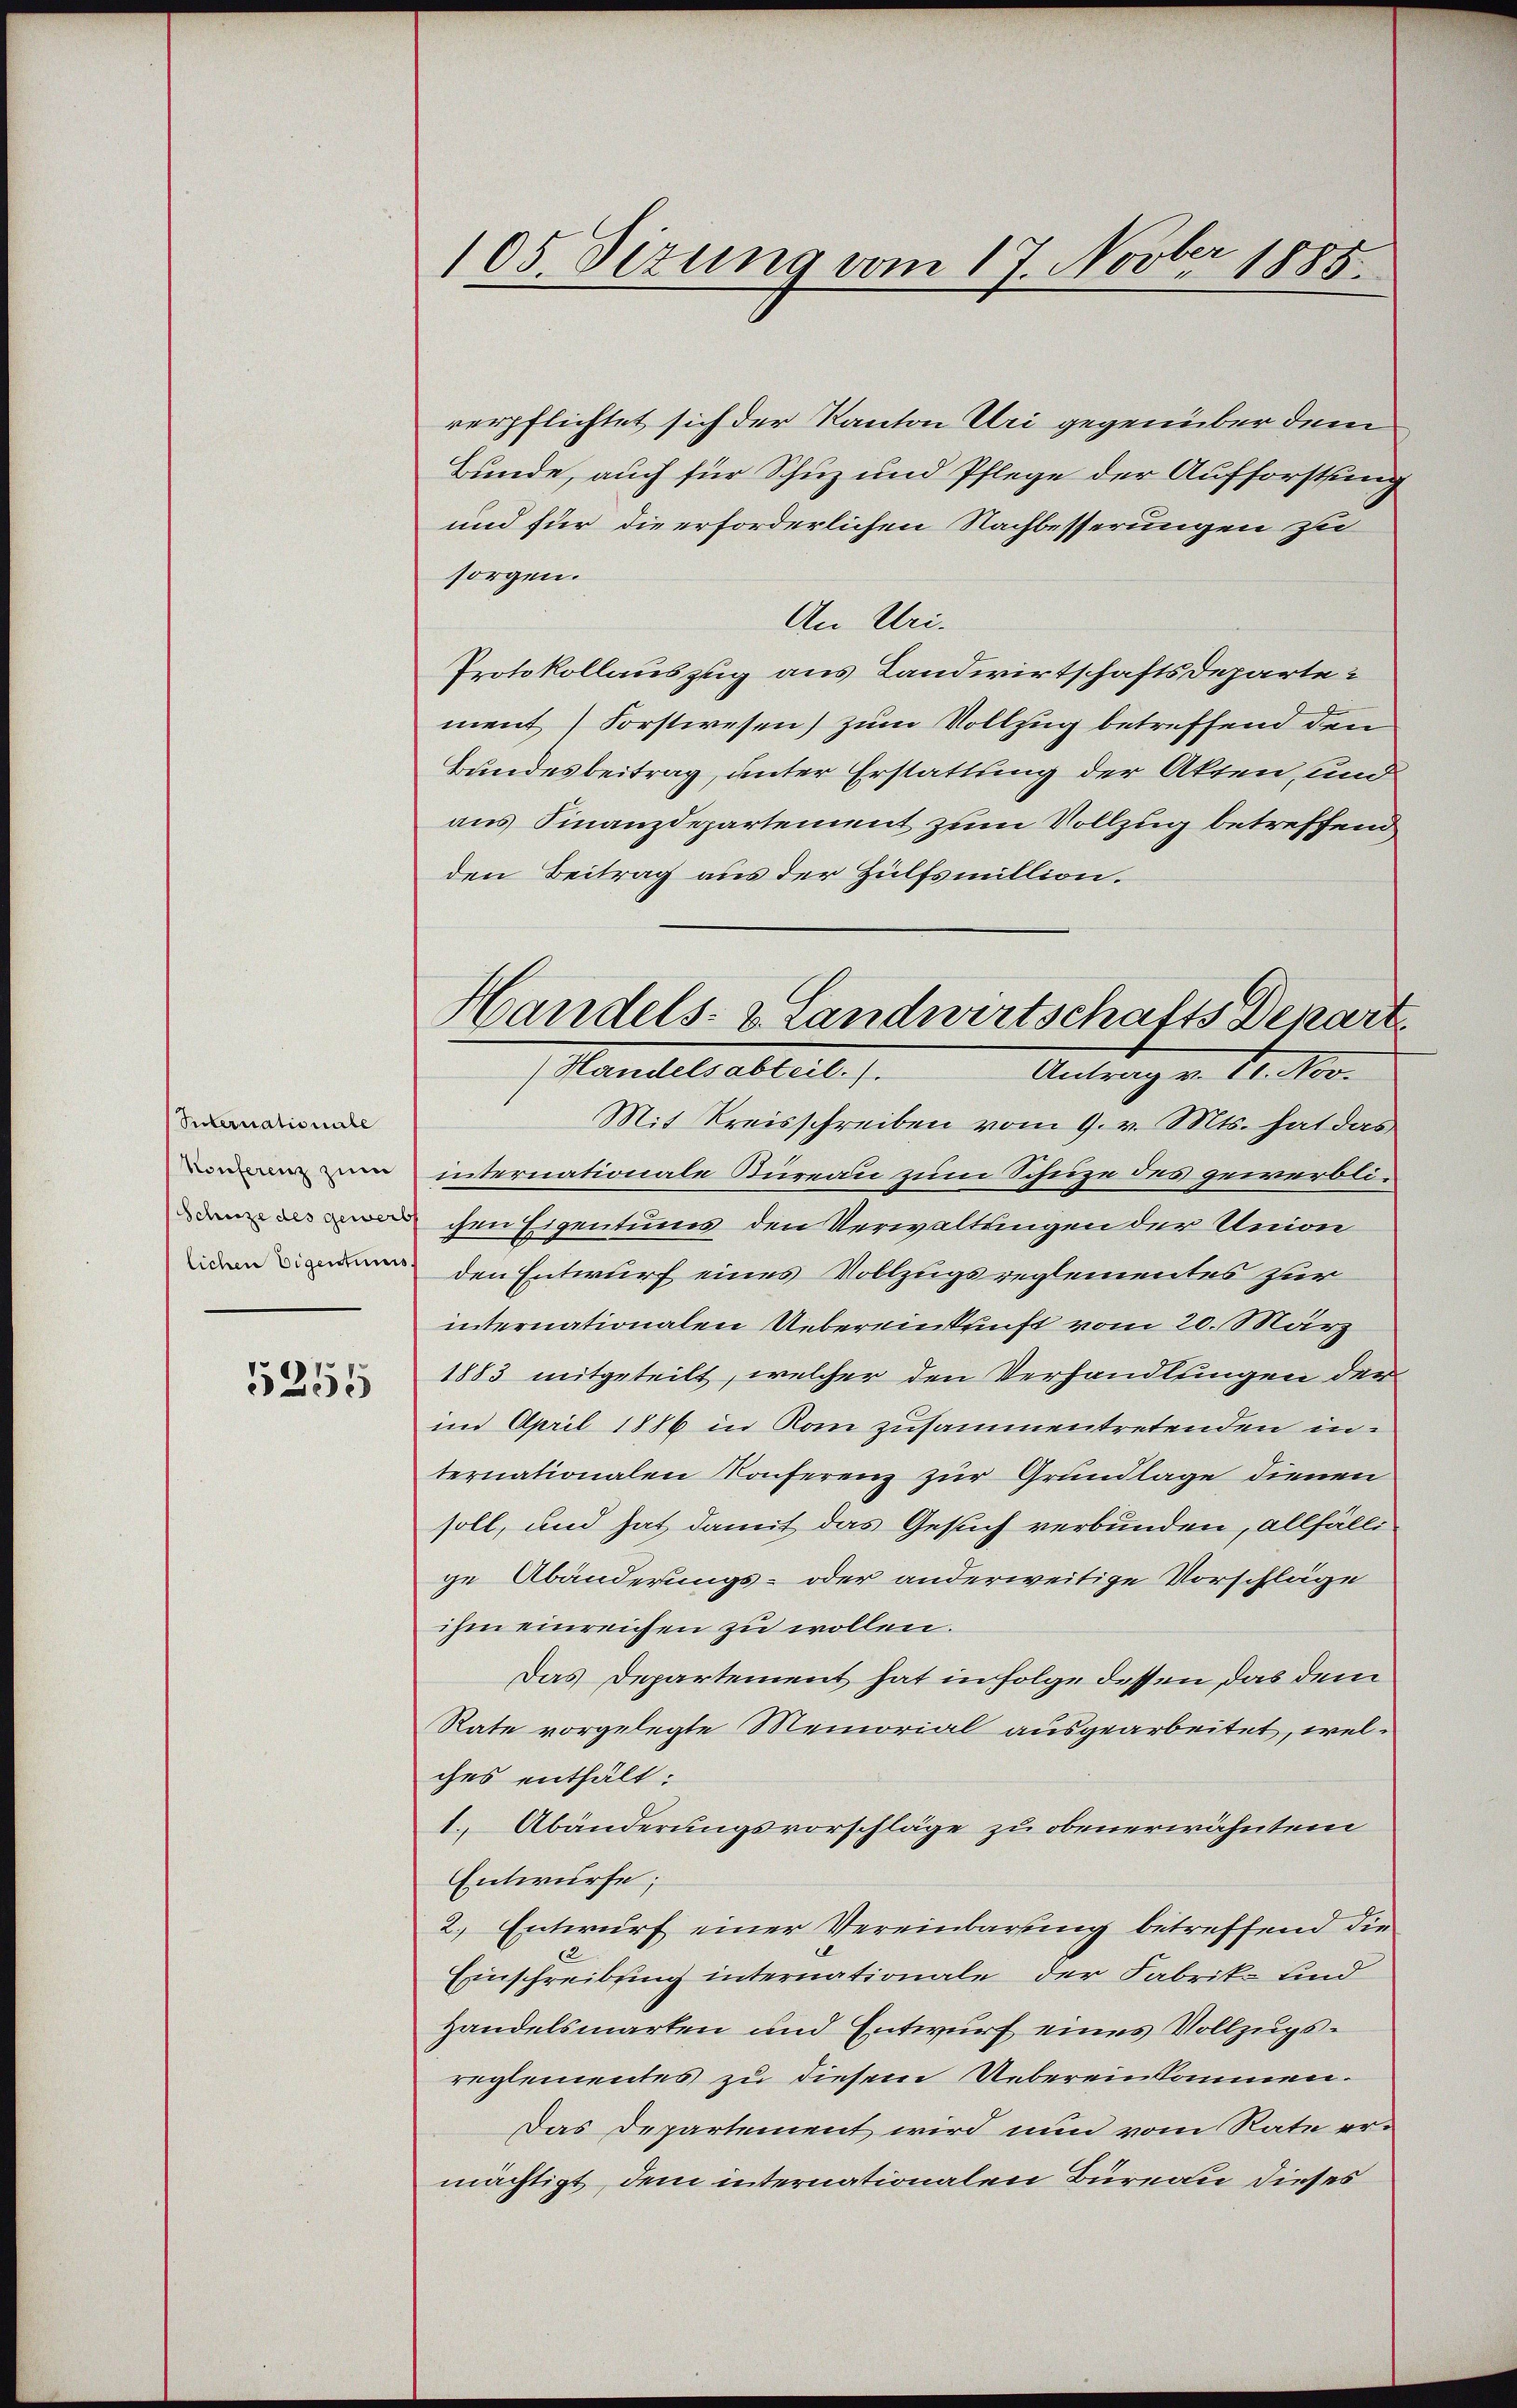
Suternationale
Konferenz zum
Schuze des gewerb
lichen Eigentums
5255

105. Sizung vom 17. Novber 1885.

verpflichtet sich der Kanton Uri gegenüber dem
Bunde, auch für Schuz und Pflege der Aufforstung
und für die erforderlichen Nachbesserungen zu
sorgen.
An Uri.
Protokollauszug aus Landwirtschaftsdeparte
ment Forstwesen) zum Vollzug betreffend den
Bandesbeitrag, unter Erstattung der Akten, und
aus Finanzdepartement zum Vollzug betreffend
den Beitrag aus der Hülfsmillion.
Mit Kreisschreiben vom 9. v. Mts. hat das
internationale Stureau zum Schuze des gewerblichen Eigentums den Verwaltungen der Union
den Entwurf eines Vollzugsreglementes zur
internationalen Uebereinkunft vom 20. März
1883 mitgeteilt, welcher den Verhandlungen derim April 1886 in Komm zusammentretenden internationalen Konferenz zur Grundlage dienen
soll, und hat damit das Gesuch verbunden, allfällige Abänderungs- oder anderweitige Vorschläge
ihm einreichen zu wollen.
Das Departement hat in Folge dessen das dem
Rate vorgelegte Memorial ausgearbeitet, welches enthält:
1. Abänderungsvorschläge zu obenerwähntem
Entwürfe;
2.) Entwurf einer Vereinbarung betreffend die
Einschreibung internationale der Fabrik- und
Handelsmarten und Entwurf eines Vollzugsreglementes zu diesem Uebereinkommen.
Das Departement wird nun vom Rate ermächtigt, dem internationalen Bureau dieses

Handels- & Landwirtschafts Depart
Mandel ableit. 1
Antrag v. 18. No.